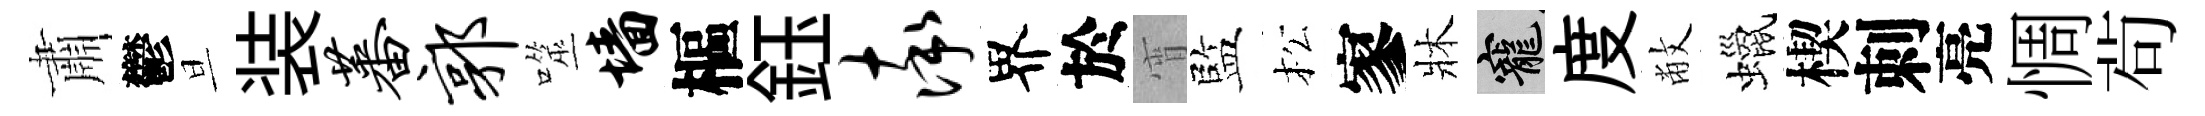
肅鬱旦装蕃郭噬墙樞鈺率界於宵監松寥牀寵度敝蠟楔刺亮惆茍